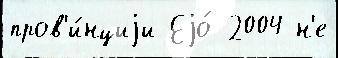
пров'и́нциjи Еjо́ 2004 н'е